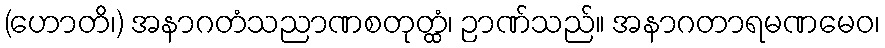
(ဟောတိ၊) အနာဂတံသညာဏစတုတ္ထံ၊ ဉာဏ်သည်။ အနာဂတာရမဏမေဝ၊